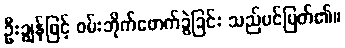
ဦးချွန်ဖြင့် ဝမ်းဘိုက်ဖောက်ခွဲခြင်း သည်ပင်မြတ်၏။